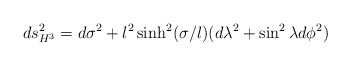
\begin{align*}ds^2_{H^3}= d\sigma^2+l^2\sinh^2(\sigma /l) (d\lambda^2+\sin^2\lambda d\phi^2)\end{align*}